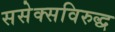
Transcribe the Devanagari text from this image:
ससेक्सविरुद्ध